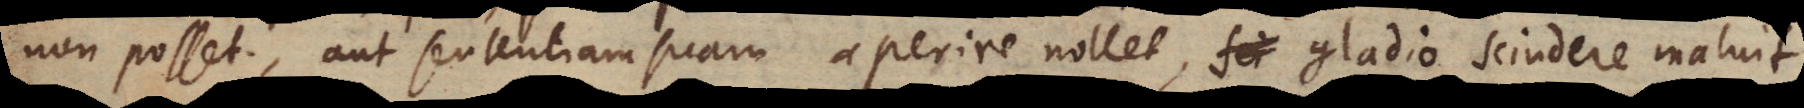
non posset, aut sententiam suam aperire nollet, gladio scindere maluit